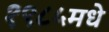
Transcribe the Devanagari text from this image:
१९८५मधे